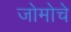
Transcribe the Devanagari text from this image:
जोमोचे